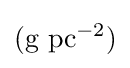
({\textrm {g}}~{\textrm {pc}}^{-2})